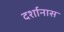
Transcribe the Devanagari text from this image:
दर्शानास